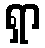
ရှာ